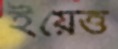
ইয়েত্ত